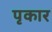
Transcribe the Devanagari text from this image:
पृकार